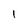
Character: 1